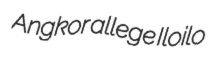
Angkor allege Iloilo